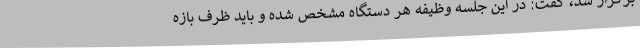
برگزار شد، گفت: در این جلسه وظیفه هر دستگاه مشخص شده و باید ظرف بازه